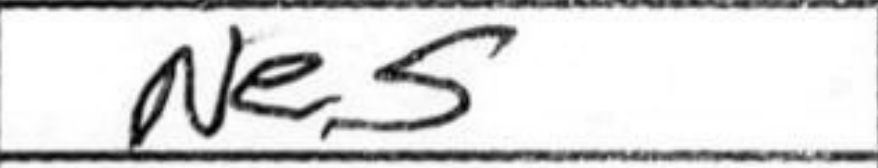
Transcription: Ne5